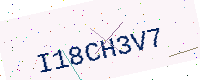
Text: I18CH3V7